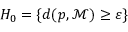
H _ { 0 } = \{ d ( p , { \mathcal { M } } ) \geq \varepsilon \}